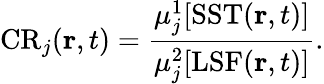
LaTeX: \mathrm{CR}_{j}(\mathbf{r},t)=\frac{\mu_{j}^{1}[\mathrm{SST}(\mathbf{r},t)]}{\mu_{j}^{2}[\mathrm{LSF}(\mathbf{r},t)]}.